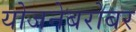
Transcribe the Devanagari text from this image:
योजनेबरोबर